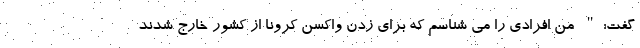
گفت:" من افرادی را می شناسم که برای زدن واکسن کرونا از کشور خارج شدند